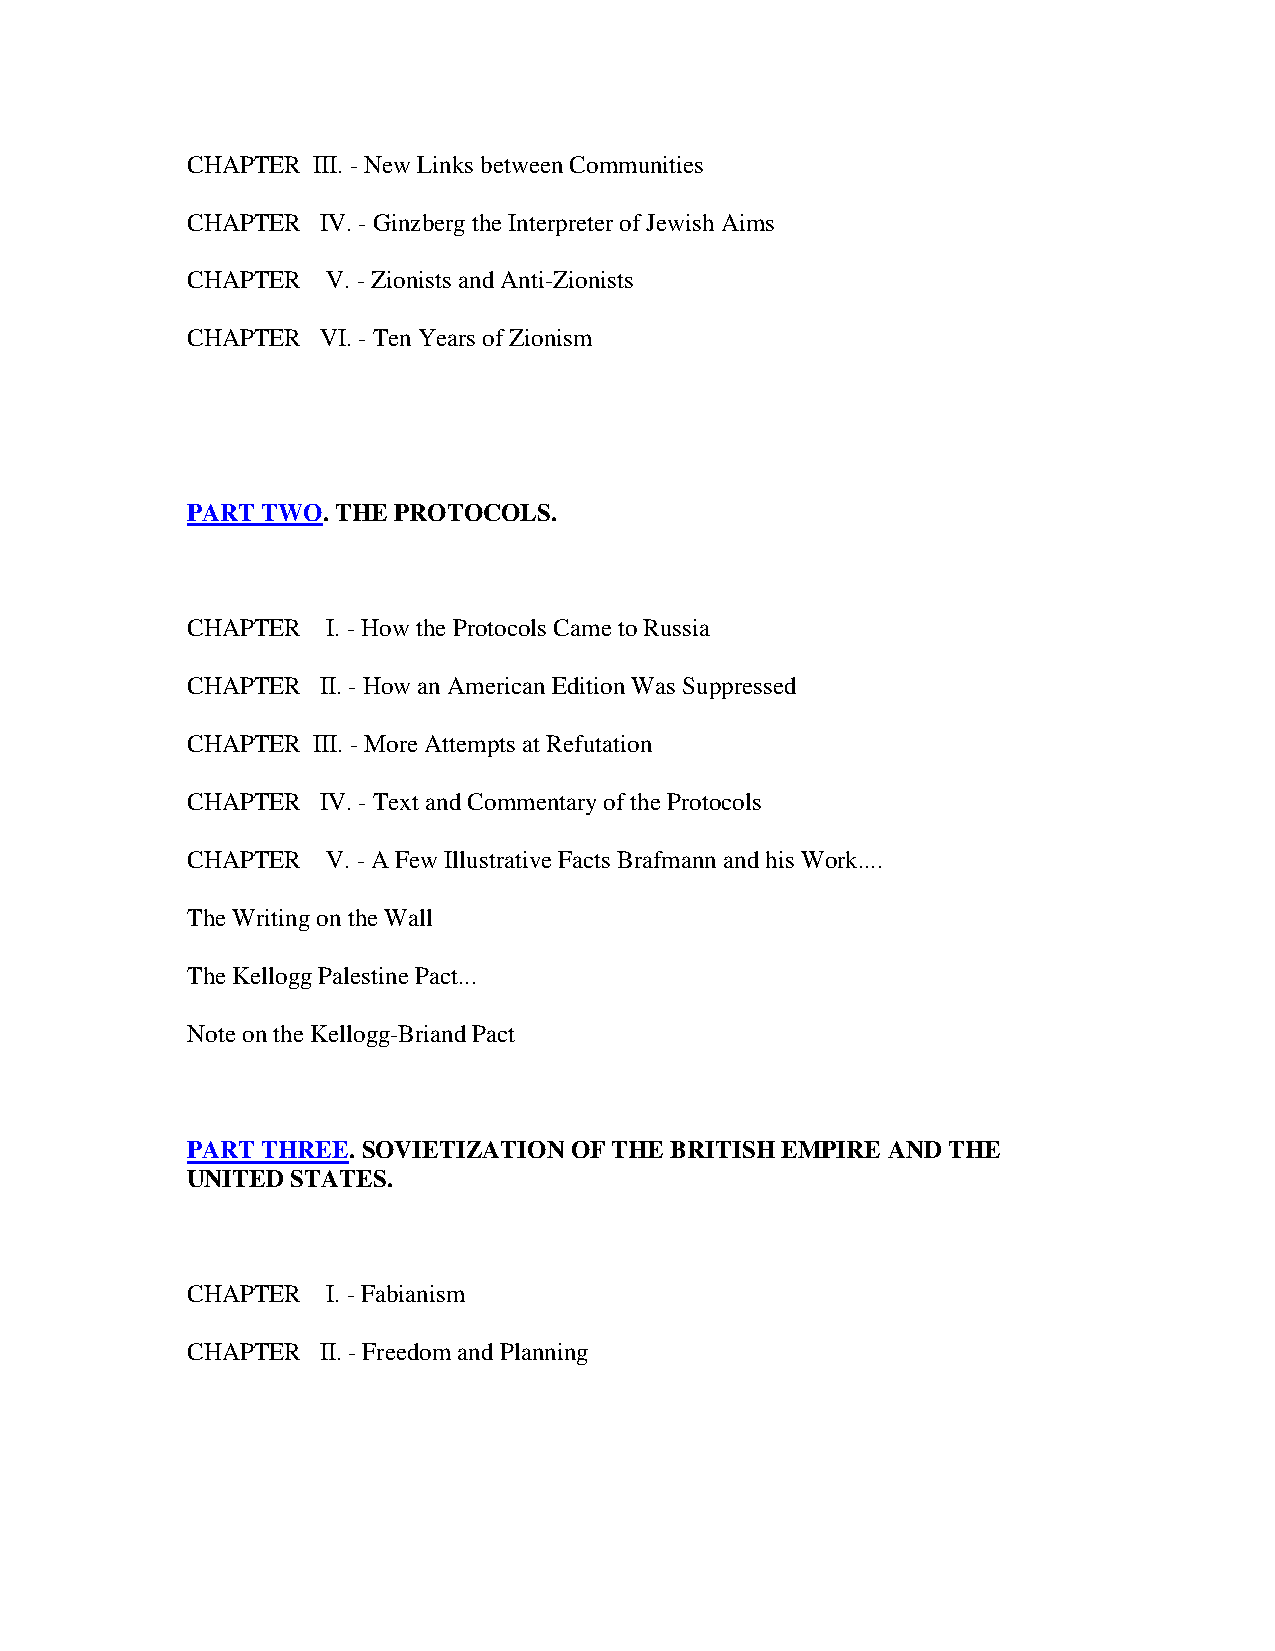
CHAPTER  III. - New Links between Communities
 CHAPTER  IV. - Ginzberg the Interpreter of Jewish Aims
 CHAPTER   V. - Zionists and Anti-Zionists
 CHAPTER  VI. - Ten Years of Zionism
 PART TWO. THE PROTOCOLS.
 CHAPTER   I. - How the Protocols Came to Russia
 CHAPTER  II. - How an American Edition Was Suppressed
 CHAPTER  III. - More Attempts at Refutation
 CHAPTER  IV. - Text and Commentary of the Protocols
 CHAPTER   V. - A Few Illustrative Facts Brafmann and his Work....
 The Writing on the Wall
 The Kellogg Palestine Pact...
 Note on the Kellogg-Briand Pact
 PART THREE. SOVIETIZATION OF THE BRITISH EMPIRE AND THE
 UNITED STATES.
 CHAPTER   I. - Fabianism
 CHAPTER  II. - Freedom and Planning